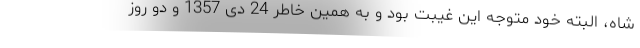
شاه، البته خود متوجه این غیبت بود و به همین خاطر 24 دی 1357 و دو روز